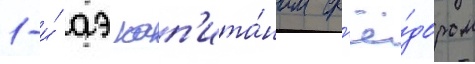
1-и́ аэ кап'ита́ном ф'ё́дором